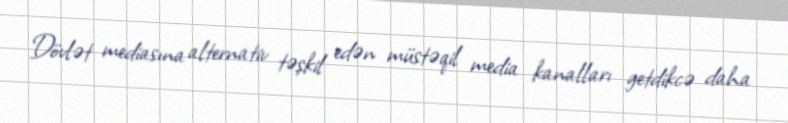
Dövlət mediasına alternativ təşkil edən müstəqil media kanalları getdikcə daha